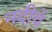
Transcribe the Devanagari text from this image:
नदीचें